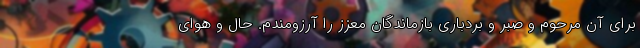
برای آن مرحوم و صبر و بردباری بازماندگان معزز را آرزومندم. حال و هوای